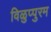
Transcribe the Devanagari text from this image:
विळुप्पुरम